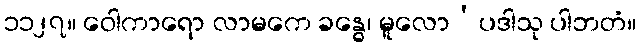
၁၁၂၇။ ဝေါကာရော လာမကေ ခန္ဓေ၊ မူလော’ပဒါသု ပါဘတံ။